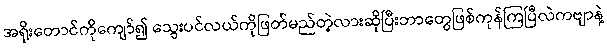
အရိုးတောင်ကိုကျော်၍ သွေးပင်လယ်ကိုဖြတ်မည်တဲ့လားဆိုပြီးဘာတွေဖြစ်ကုန်ကြပြီလဲကဗျာနဲ့